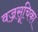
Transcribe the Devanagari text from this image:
वज्रसूचिका